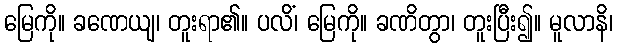
မြေကို။ ခဏေယျ၊ တူးရာ၏။ ပလိံ၊ မြေကို။ ခဏိတွာ၊ တူးပြီး၍။ မူလာနိ၊